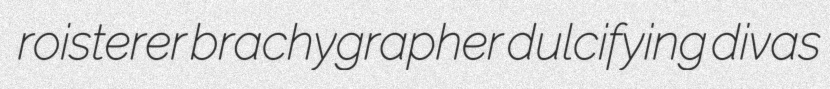
roisterer brachygrapher dulcifying divas